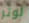
لوثر